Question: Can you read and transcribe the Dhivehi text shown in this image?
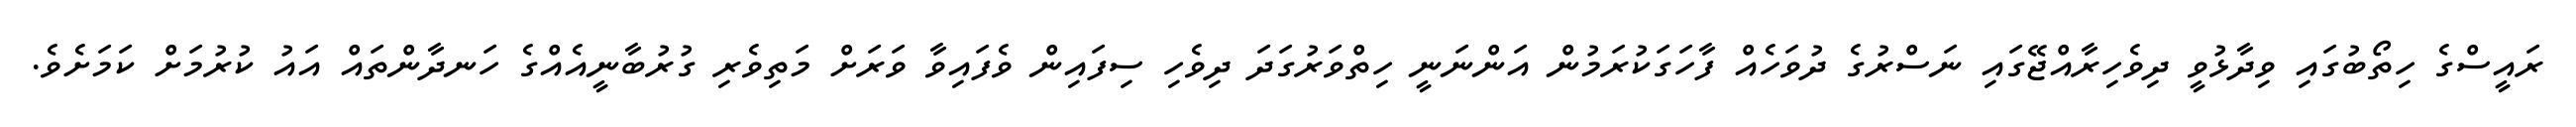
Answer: ރައީސްގެ ހިތޯބުގައި ވިދާޅުވީ ދިވެހިރާއްޖޭގައި ނަސްރުގެ ދުވަހެއް ފާހަގަކުރަމުން އަންނަނީ ހިތްވަރުގަދަ ދިވެހި ސިފައިން ވެފައިވާ ވަރަށް މަތިވެރި ގުރުބާނީއެއްގެ ހަނދާންތައް އައު ކުރުމަށް ކަމަށެވެ.